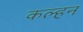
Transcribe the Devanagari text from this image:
कल्हन